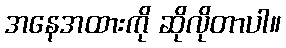
အနေအထားကို ဆိုလိုတာပါ။